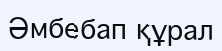
Әмбебап құрал